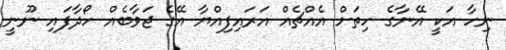
ނިހާ އަކީ އޭނާގެ ހިތަށް އެއްޗެއް އަރައިފިއްޔާ އޭގެ ޖަވާބެއް ހޯދާފައި ނޫނީ